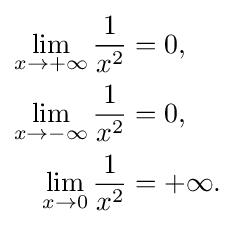
{\begin{aligned}\lim _{x\to +\infty }{\frac {1}{x^{2}}}&=0,\\\lim _{x\to -\infty }{\frac {1}{x^{2}}}&=0,\\\lim _{x\to 0}{\frac {1}{x^{2}}}&=+\infty .\end{aligned}}